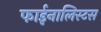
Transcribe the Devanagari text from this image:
फाईनालिस्टस